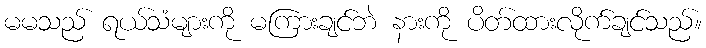
မမသည် ရယ်သံများကို မကြားချင်ဘဲ နားကို ပိတ်ထားလိုက်ချင်သည်။